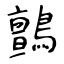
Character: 鸇